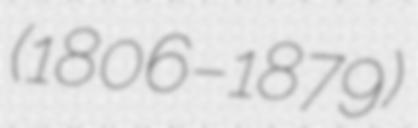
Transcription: (1806–1879)